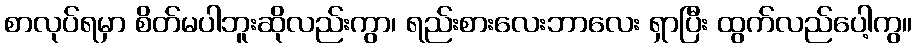
စာလုပ်ရမှာ စိတ်မပါဘူးဆိုလည်းကွာ၊ ရည်းစားလေးဘာလေး ရှာပြီး ထွက်လည်ပေါ့ကွ။